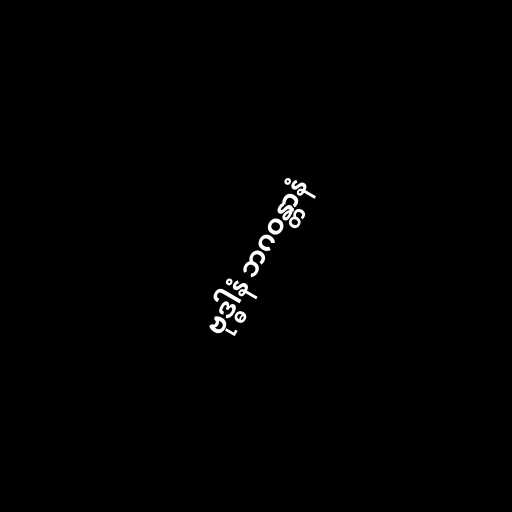
ဗုဒ္ဓါနံ ဘဂဝန္တာနံ